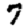
Digit: 7